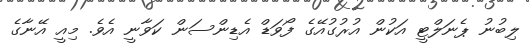
ލިބުނު ޕެނަލްޓީ އަކުން އުރުގުއޭގެ ފޯވަޑް އެޑިންސަން ކަވާނީ އެވެ. މިއީ އޭނާގެ